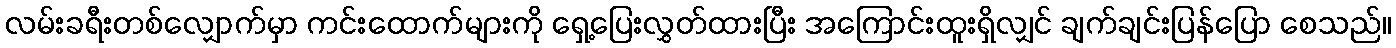
လမ်းခရီးတစ်လျှောက်မှာ ကင်းထောက်များကို ရှေ့ပြေးလွှတ်ထားပြီး အကြောင်းထူးရှိလျှင် ချက်ချင်းပြန်ပြော စေသည်။